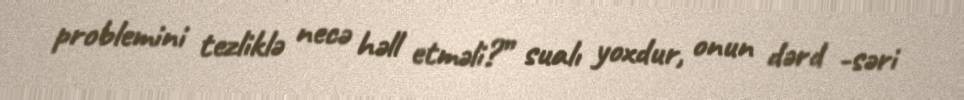
problemini tezliklə necə həll etməli?” sualı yoxdur, onun dərd -səri